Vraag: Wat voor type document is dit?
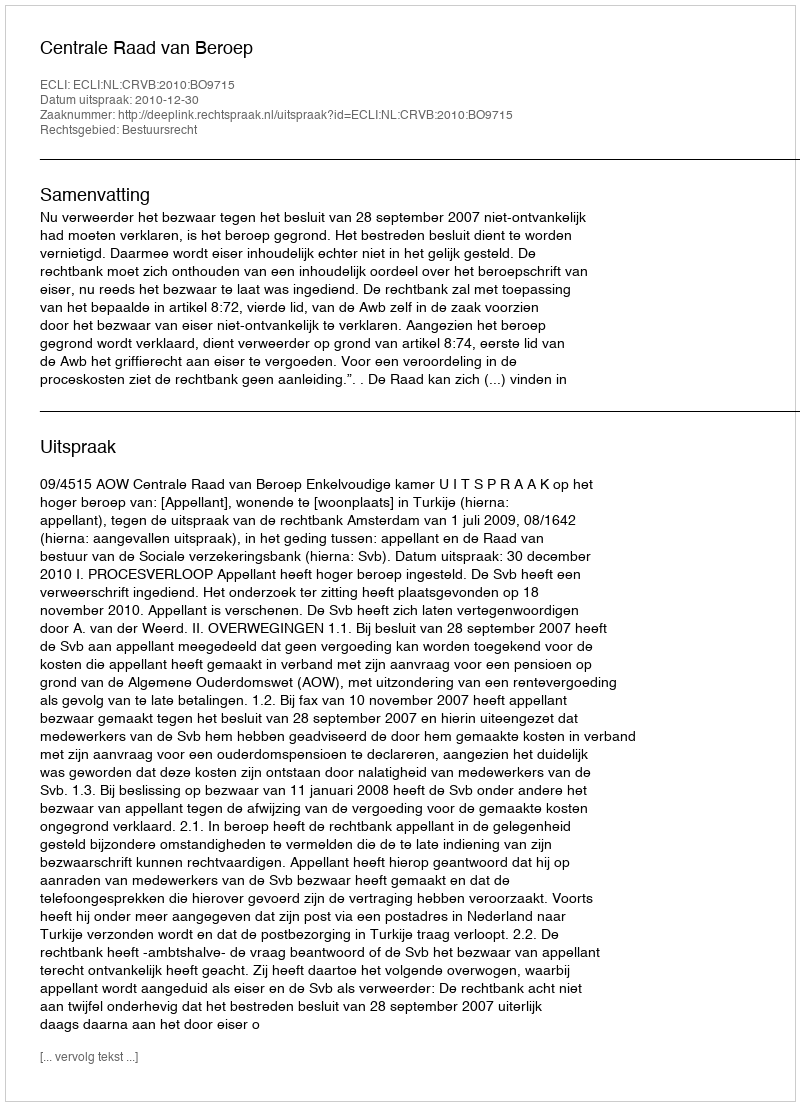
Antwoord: Uitspraak